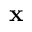
\textbf { x }